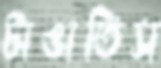
টাঙাতিস